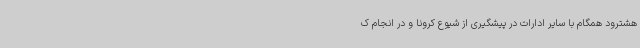
هشترود همگام با سایر ادارات در پیشگیری از شیوع کرونا و در انجام ک